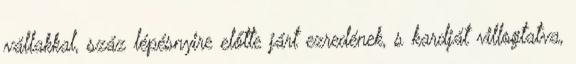
vállakkal, száz lépésnyire előtte járt ezredének, s kardját villogtatva,